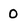
Character: 0